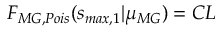
F _ { M G , P o i s } ( s _ { m a x , 1 } | \mu _ { M G } ) = C L